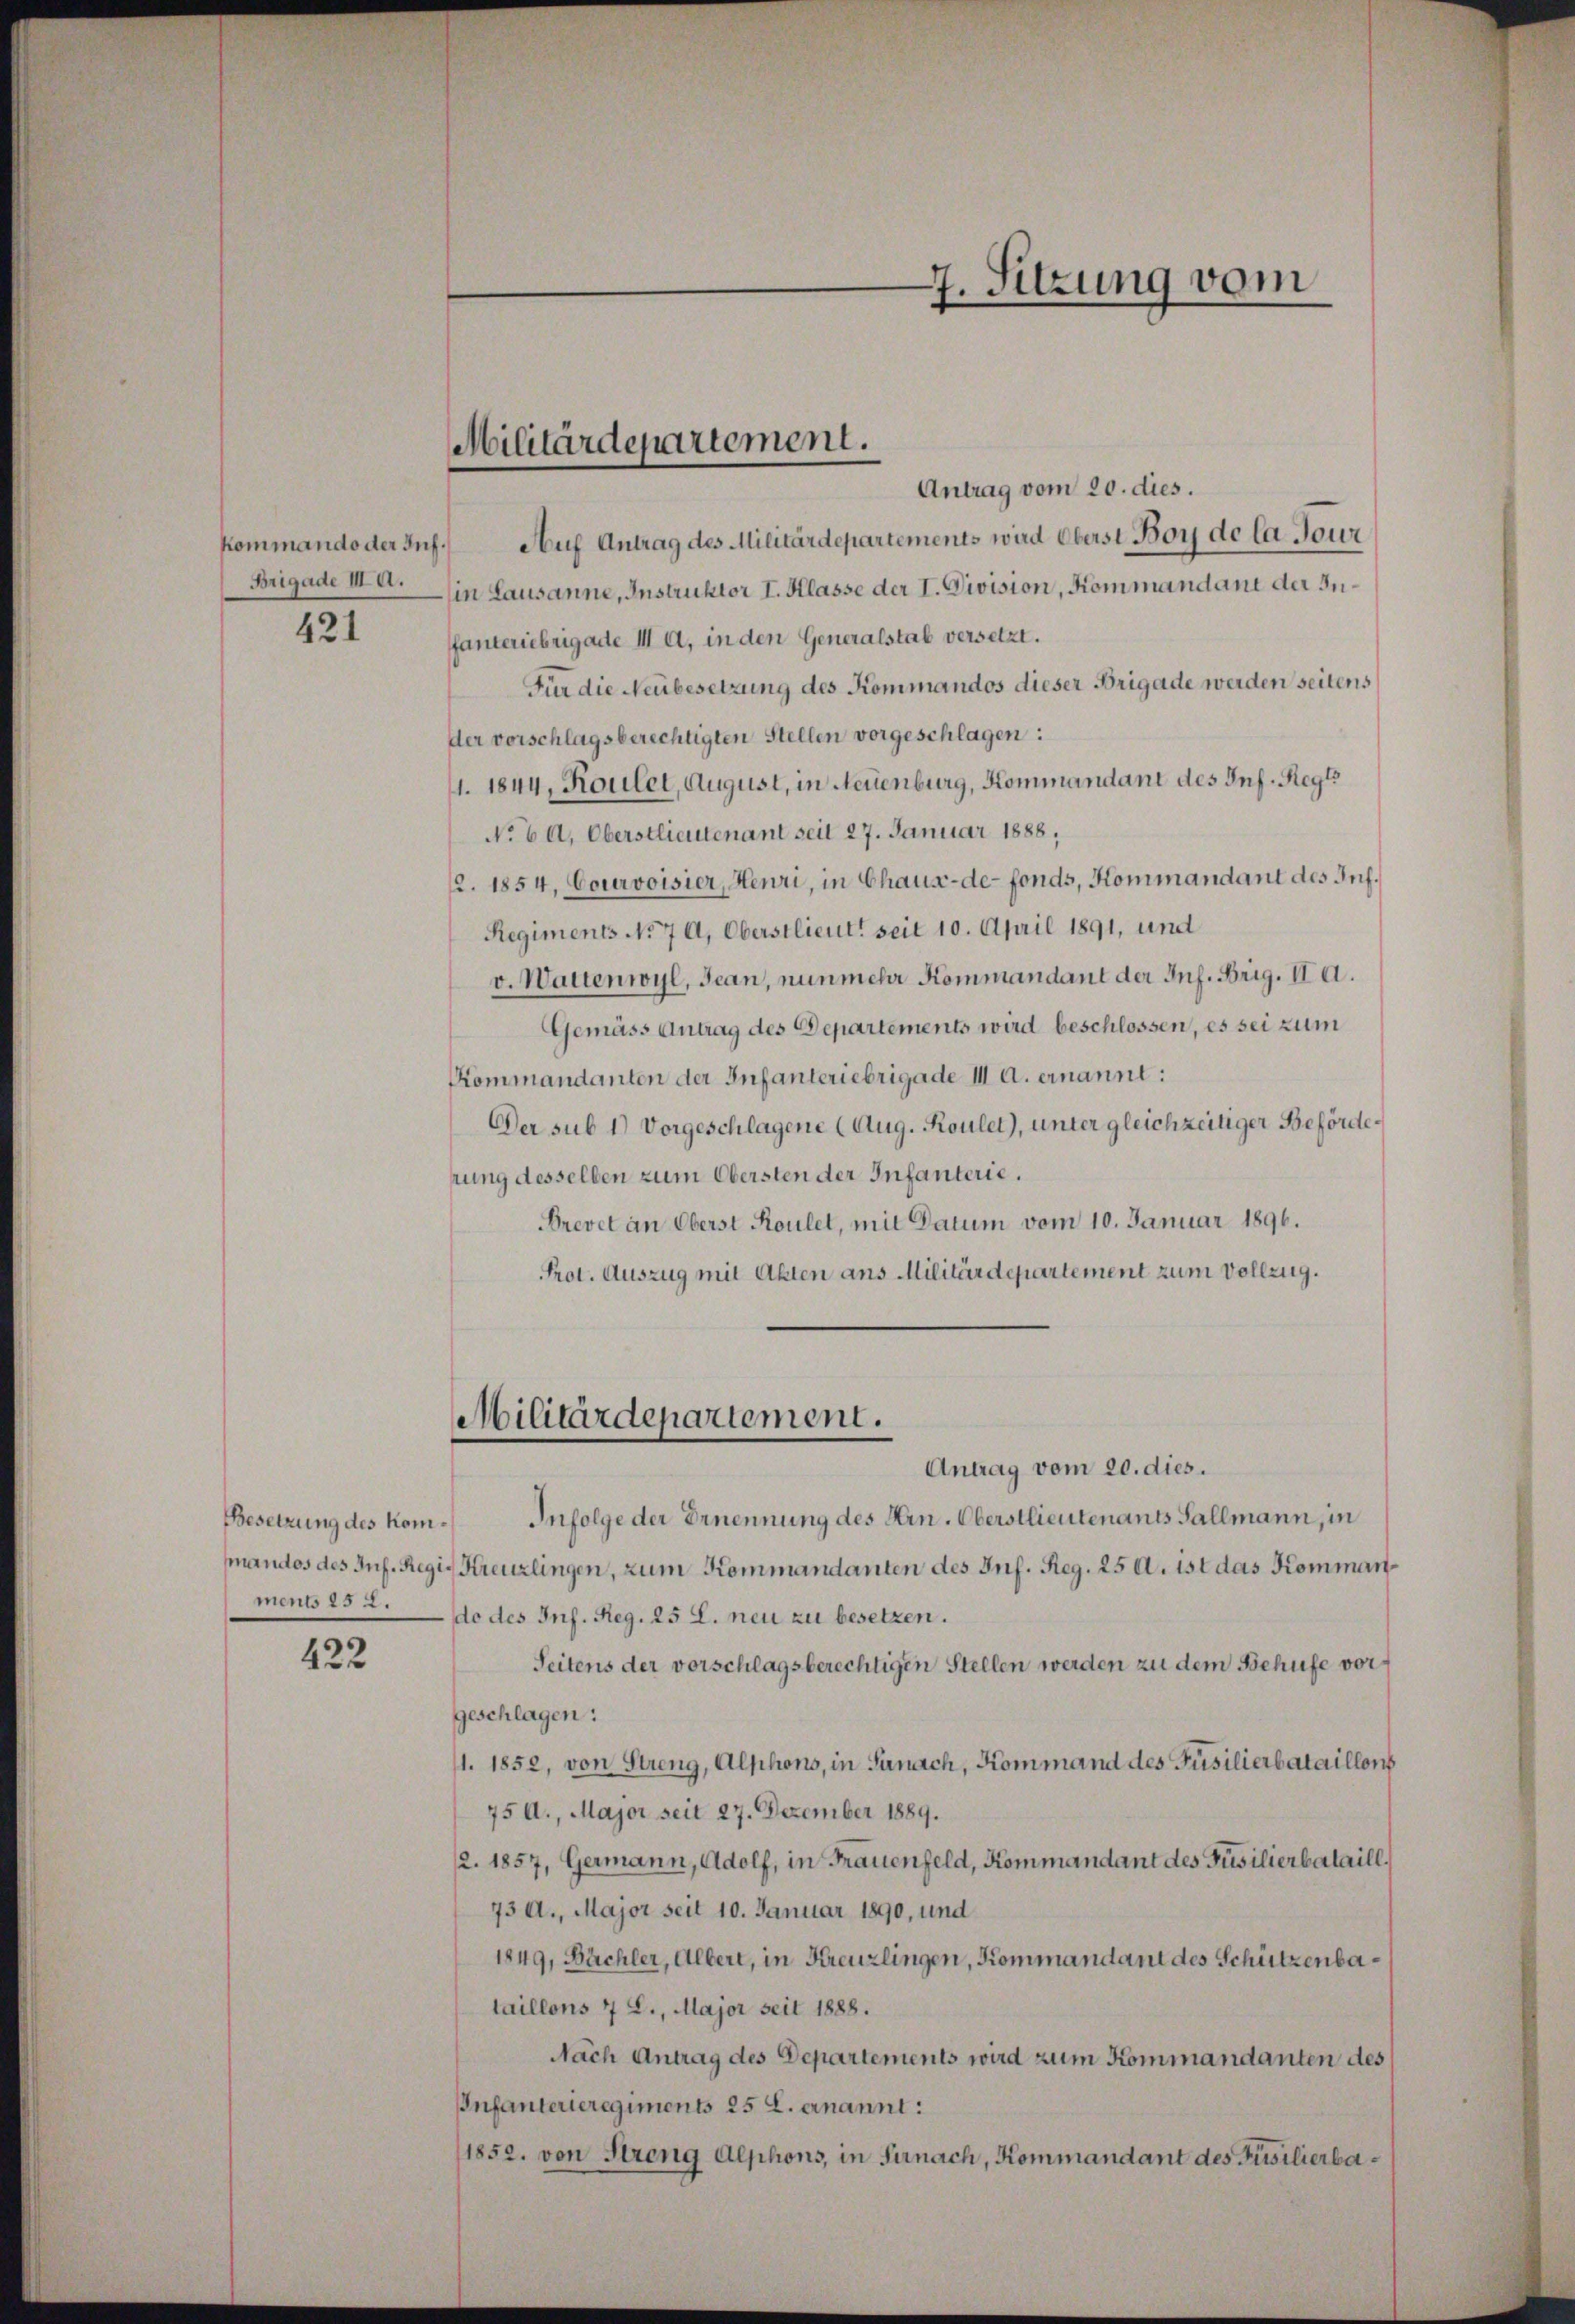
Kommando der Inf.
Brigade III. A.

421

Besetzung des Komments 25 l.

422

Militärdepartement.

Antrag vom 20. dies.
Auf Antrag des Militärdepartements wird Oberst Boy de la Jour
in Lausanne, Instruktor I. Klasse der I. Division, Kommandant der Infanteriebrigade III a, in den Generalstab versetzt.
Für die Neubesetzung des Kommandos dieser Brigade werden seitens
der vorschlagsberechtigten Stellen vorgeschlagen:
1. 1844, Roulet, August, in Neuenburg, Kommandant des Inf. Regl
No 6 l. Oberstlieutenant seit 27. Januar 1888,
2. 1854, Courvoisier, Henri, in Chaus-de-Fonds, Kommandant des Inf¬
Regiments No 7 A, Oberstlieut. seit 10. April 1891, und
v. Wartenwyl, Jean, nunmehr Kommandant der Inf. Brig. II a.
Gemäss Antrag des Departements wird beschlossen, es sei zum
Kommandanten der Infanteriebrigade III A. ernannt:
Der sub 1) Vorgeschlagene (Aug. Roulet), unter gleichzeitiger Beförderung desselben zum Obersten der Infanterie.
Brevet an Oberst Roulet, mit Datum vom 10. Januar 1896.
Prot. Auszug mit Akten aus Militärdepartement zum Vollzug.
Militärdepartement.
Antrag vom 20. dies.
Infolge der Ernennung des Hrn. Oberstlieutenants Sallmann, in
mandos des Inf. Regis Kreuzlingen, zum Kommandanten des Inf. Reg. 25 d. 15t das Kommando des Inf. Reg. 25 l. neu zu besetzen.
Seitens der vorschlagsberechtigen Stellen werden zu dem Behufe vorgeschlagen:
1. 1852, von Streng, Alphons, in Sanach, Kommand des Füsilierbataillons
75 A., Major seit 27. Dezember 1889.
2. 1857, Germann, Adolf, in Frauenfeld, Kommandant des Füsilierbataill,
73 A., Major seit 10. Januar 1890, und
1849, Bächler, Albert, in Kreuzlingen, Kommandant des Schützenbataillons 7 L., Major seit 1888.
Nach Antrag des Departements wird zum Kommandanten des
Infanterieregiments 25 l. ernannt:
1852. von Streng Alphons, in Fernach, Kommandant des Füsilierba¬

7. Sitzung vom